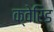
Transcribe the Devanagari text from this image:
क्वेरिड